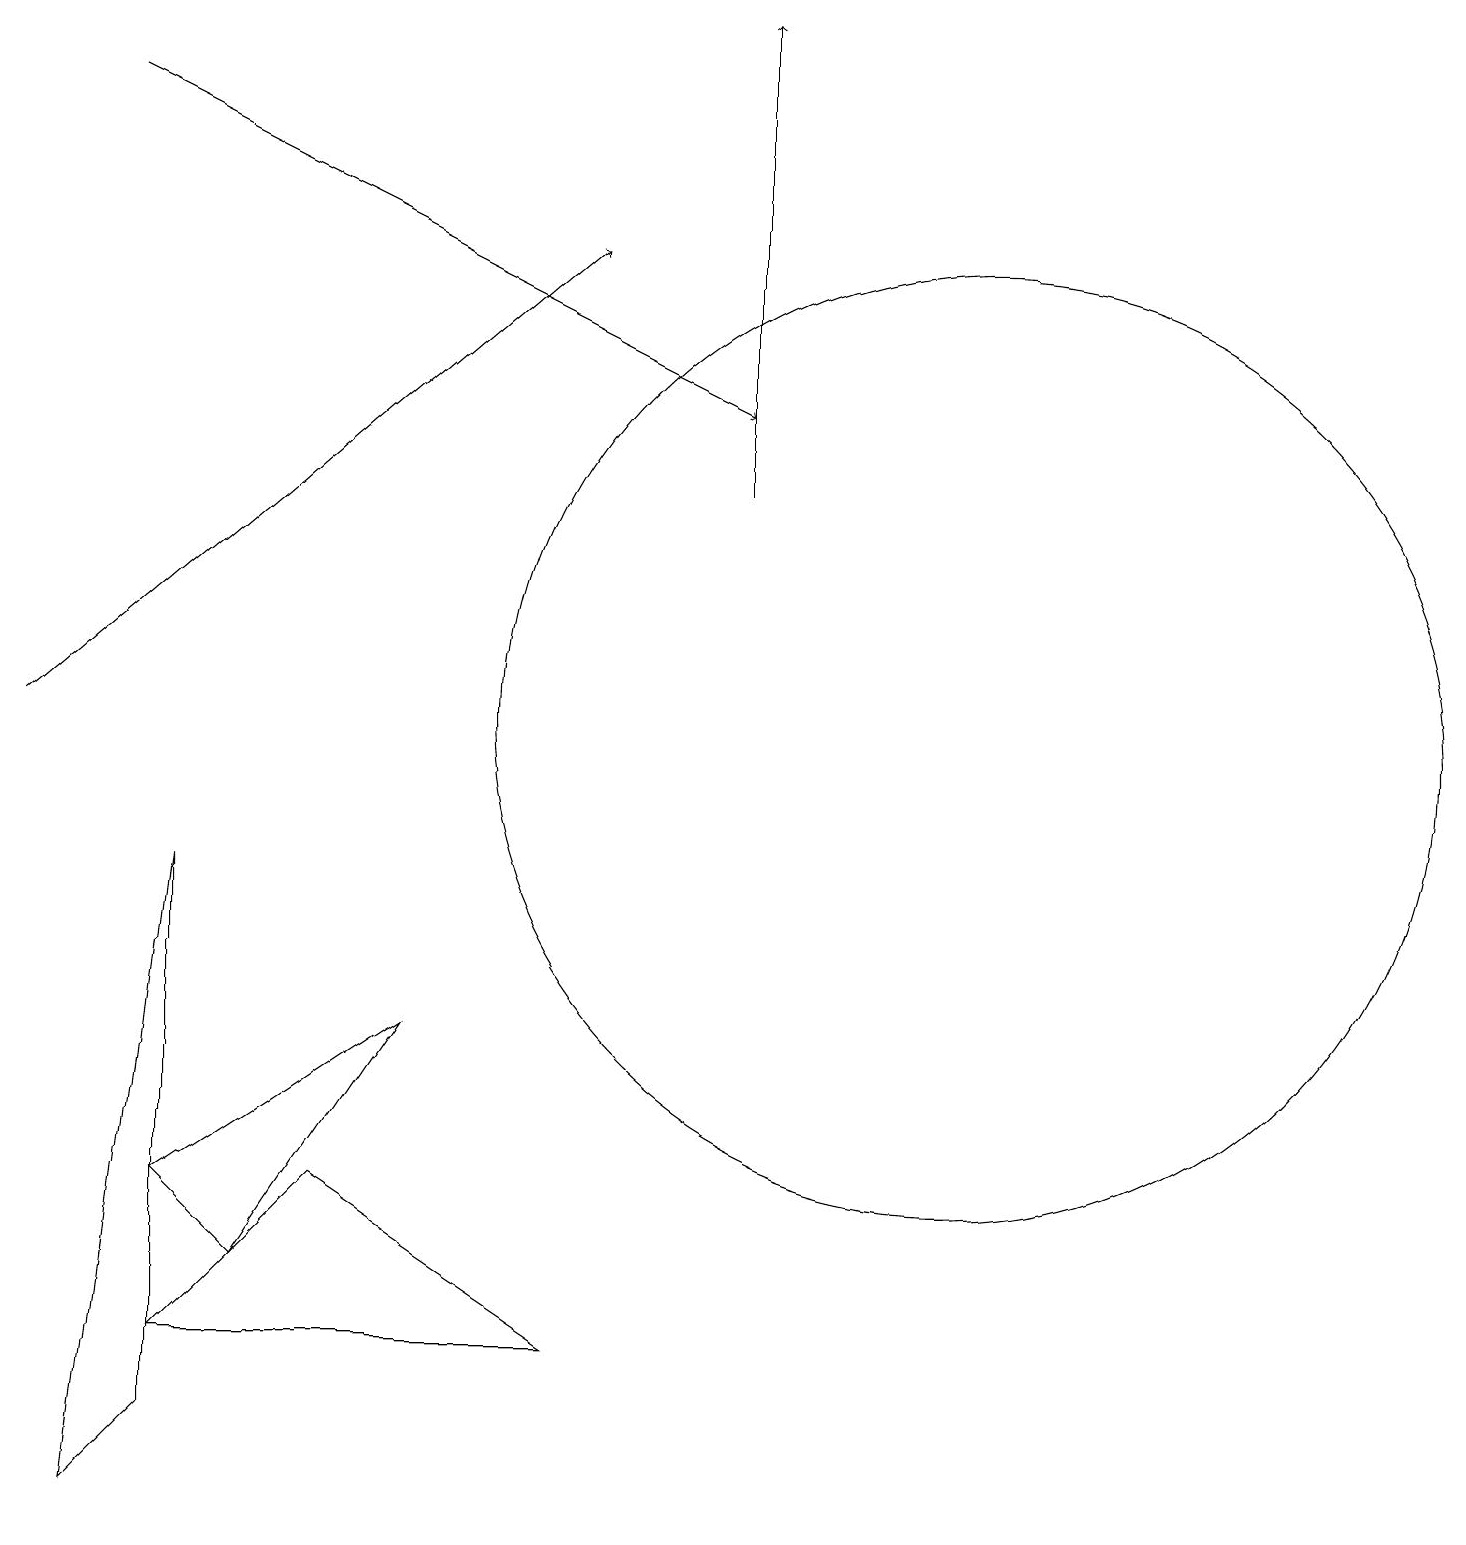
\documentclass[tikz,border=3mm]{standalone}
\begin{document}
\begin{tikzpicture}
\draw (12,10) circle (6);
\draw (3,3) -- (2,4) -- (5,6) -- cycle;
\draw (7,2) -- (4,4) -- (2,2) -- cycle;
\draw[->] (1,18) -- (9,14);
\draw[->] (9,13) -- (9,19);
\draw (2,8) -- (1,0) -- (2,1) -- cycle;
\draw[->] (0,10) -- (7,16);
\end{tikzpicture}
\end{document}